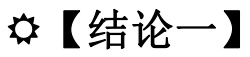
\( \bigodot \)【结论一】